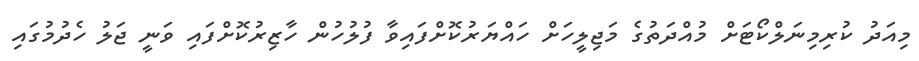
މިއަދު ކުރިމިނަލްކޯޓަށް މުއްދަތުގެ މަޖިލީހަށް ހައްޔަރުކޮށްފައިވާ ފުލުހުން ހާޒިރުކޮށްފައި ވަނީ ޖަލު ހެދުމުގައި